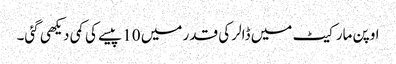
اوپن مارکیٹ میں ڈالر کی قدر میں 10 پیسے کی کمی دیکھی گئی۔